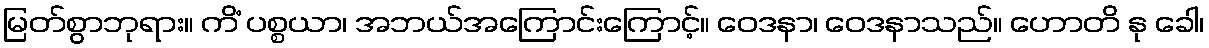
မြတ်စွာဘုရား။ ကိံ ပစ္စယာ၊ အဘယ်အကြောင်းကြောင့်။ ဝေဒနာ၊ ဝေဒနာသည်။ ဟောတိ နု ခေါ၊